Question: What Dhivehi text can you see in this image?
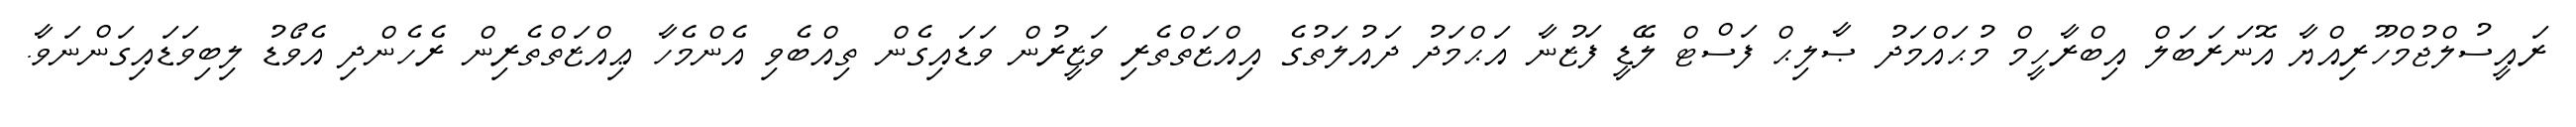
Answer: ރައީސުލްޖުމްހޫރިއްޔާ އޮނަރަބަލް އިބްރާހީމް މުޙައްމަދު ޞާލިޙް ފަސްޓް ލޭޑީ ފަޒުނާ އަޙްމަދު ދައުލަތުގެ އިއްޒަތްތެރި ވަޒީރުން ވަޑައިގެން ތިއްބެވި އެންމެހާ ޢިއްޒަތްތެރިން ރެހެންދި އެވޯޑު ލިބިވަޑައިގަންނަވާ.